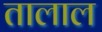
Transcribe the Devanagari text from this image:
तालाल